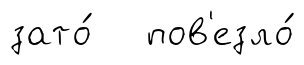
зато́ пов'езло́